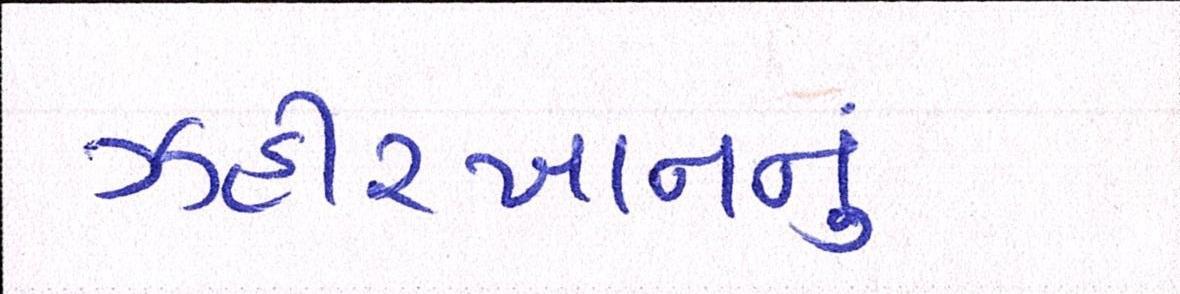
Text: ઝહીરખાનનું